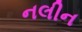
નલીન